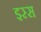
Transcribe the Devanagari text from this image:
इस्स